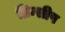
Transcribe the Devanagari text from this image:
प्रिन्सीप